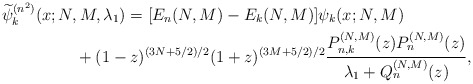
\begin{gather*} \widetilde{\psi }_{k}^{( n^{2}) }(x;N,M,\lambda _{1}) =[ E_{n}(N,M) -E_{k}(N,M) ] \psi _{k}( x;N,M) \\\hphantom{\widetilde{\psi }_{k}^{( n^{2}) }(x;N,M,\lambda _{1}) =}{}+(1-z) ^{( 3N+5/2) /2}(1+z) ^{( 3M+5/2) /2}\frac{P_{n,k}^{(N,M) }(z) P_{n}^{(N,M) }(z) }{\lambda _{1}+Q_{n}^{( N,M) }(z) },\end{gather*}